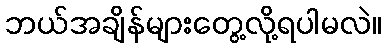
ဘယ်အချိန်များတွေ့လို့ရပါမလဲ။